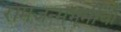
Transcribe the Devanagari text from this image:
रामजन्मभूमीचा